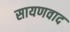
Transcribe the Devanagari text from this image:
सायणवाद